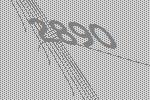
2890